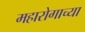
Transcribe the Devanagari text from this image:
महारोगाच्या